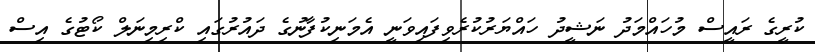
ކުރީގެ ރައީސް މުހައްމަދު ނަޝީދު ހައްޔަރުކުރެވިފައިވަނީ އެމަނިކުފާނުގެ ދައުރުގައި ކްރިމިނަލް ކޯޓުގެ އިސް